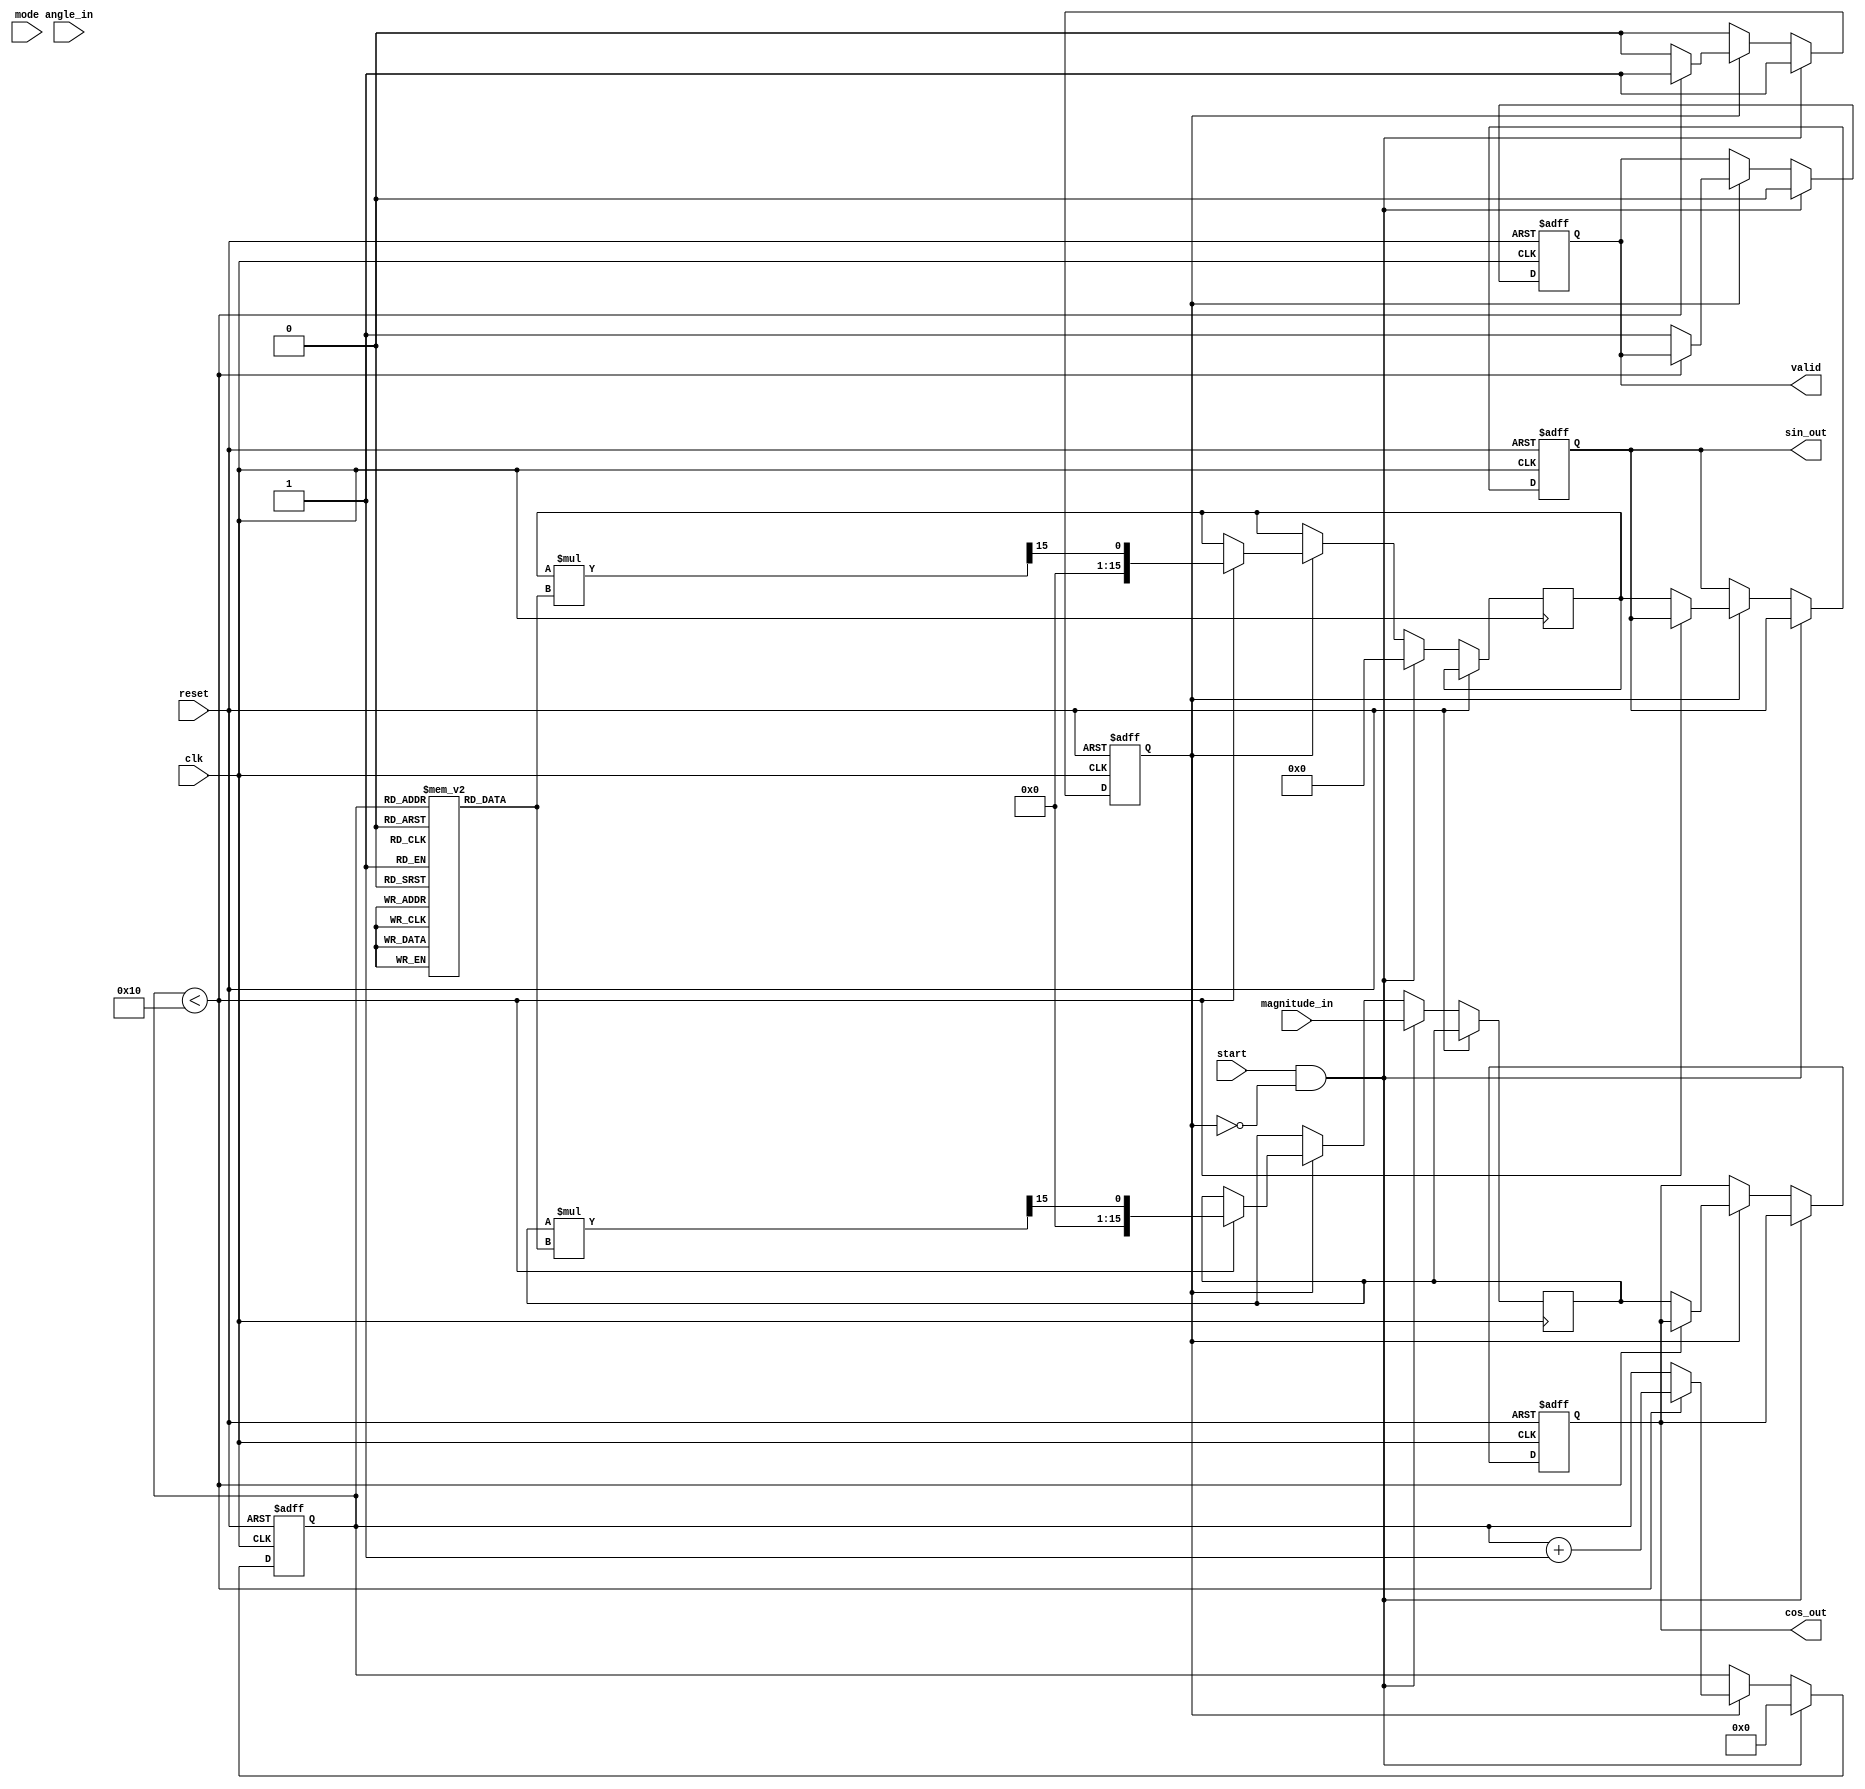
module AdaptiveCORDIC #(
    parameter WIDTH = 16,          // Data Width
    parameter NUM_ITERATIONS = 16  // Number of iterations for CORDIC
)(
    input wire clk,
    input wire reset,
    input wire start,
    input wire [WIDTH-1:0] angle_in,  // Input angle (fixed-point)
    input wire [WIDTH-1:0] magnitude_in, // Input magnitude (fixed-point)
    input wire mode,  // 0: rotation, 1: vectoring
    output reg [WIDTH-1:0] sin_out, // Sine output
    output reg [WIDTH-1:0] cos_out, // Cosine output
    output reg valid  // Output valid signal
);

// CORDIC Internal States
reg [WIDTH-1:0] x, y, z;
reg [NUM_ITERATIONS-1:0] angle_table [0:NUM_ITERATIONS-1];
reg [NUM_ITERATIONS-1:0] scale_factors [0:NUM_ITERATIONS-1];

// Control signals
reg [3:0] iteration_count;
reg running;

// Initialize angle and scale factors
initial begin
    // Pre-computed arctan values (in fixed-point format)
    angle_table[0] = 16'h1C72;  // tan^-1(2^-0)
    angle_table[1] = 16'h1B71;  // tan^-1(2^-1)
    angle_table[2] = 16'h1A5E;  // tan^-1(2^-2)
    // ... (Populate the rest of the angle table)
    
    // Scaling factors
    scale_factors[0] = 16'h1FFF; // Scaling factor for each iteration
    scale_factors[1] = 16'h1FFF;  
    // ... (Populate the rest of the scaling factors)
end

always @(posedge clk or posedge reset) begin
    if (reset) begin
        running <= 0;
        valid <= 0;
        iteration_count <= 0;
        sin_out <= 0;
        cos_out <= 0;
    end
    else if (start && !running) begin
        running <= 1;
        x <= magnitude_in; // Initialize x as the magnitude
        y <= 0; // Initialize y
        z <= angle_in; // Load input angle
        iteration_count <= 0;
        valid <= 0;
    end
    else if (running) begin
        // CORDIC Iteration
        if (iteration_count < NUM_ITERATIONS) begin
            if (z < 0) begin
                // Rotate negatively
                x <= x + (y >>> iteration_count);
                y <= y - (x >>> iteration_count);
                z <= z + angle_table[iteration_count];
            end else begin
                // Rotate positively
                x <= x - (y >>> iteration_count);
                y <= y + (x >>> iteration_count);
                z <= z - angle_table[iteration_count];
            end
            
            // Scaling adjustment after these iterations
            x <= x * scale_factors[iteration_count] >>> 15; // Adjust for scaling
            y <= y * scale_factors[iteration_count] >>> 15;

            iteration_count <= iteration_count + 1;
        end else begin
            // Finished all iterations
            sin_out <= y;
            cos_out <= x;
            valid <= 1; // Indicate output is valid
            running <= 0; // Reset running flag
        end
    end
end

endmodule